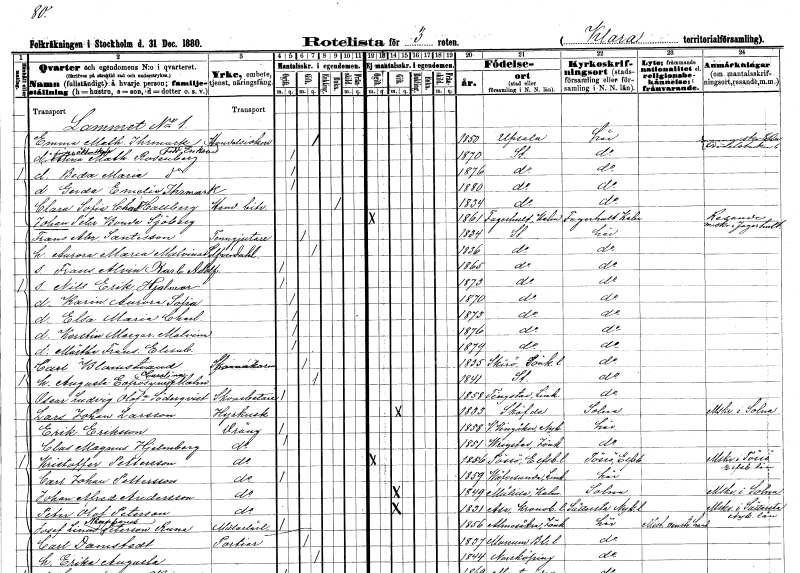
gt_parse: households: individuals: FN: Emma Mathilda
EN: Ihrmark Erikson
YRKE: Handelsidkare
KON: K
CIV: G
FODAR: 1850
FODFORS: Uppsala Uppsala län
FN: Anna Mathilda
EN: Rosenberg
KON: K
CIV: O
FODAR: 1870
FODFORS: Stockholm
FN: Beda Maria
EN: Rosenberg
KON: K
CIV: O
FODAR: 1876
FODFORS: Stockholm
FN: Gerda Emelie
EN: Ihrmark
KON: K
CIV: O
FODAR: 1880
FODFORS: Stockholm
FN: Clara Sofia Charlotta
EN: Hallberg
YRKE: Handelsbiträde
KON: K
CIV: E
FODAR: 1834
FODFORS: Stockholm
FN: Johan Peter
EN: Bonde Sjöberg
KON: M
CIV: O
FODAR: 1861
FODFORS: Fagerhult Kalmar län
FN: Frans Abraham
EN: Santesson
YRKE: Tenngjutare
KON: M
CIV: G
FODAR: 1834
FODFORS: Stockholm
FN: Aurora Maria Malvina
EN: Silfverdahl
KON: K
CIV: G
FODAR: 1836
FODFORS: Stockholm
FN: Frans Alvin Karl Adolf
KON: M
CIV: O
FODAR: 1865
FODFORS: Stockholm
FN: Nils Erik Hjalmar
KON: M
CIV: O
FODAR: 1873
FODFORS: Stockholm
FN: Karin Aurora Sofia
KON: K
CIV: O
FODAR: 1870
FODFORS: Stockholm
FN: Elsa Maria Charlotta
KON: K
CIV: O
FODAR: 1873
FODFORS: Stockholm
FN: Kerstin Margareta Malvina
KON: K
CIV: O
FODAR: 1876
FODFORS: Stockholm
FN: Märtha Frans. Elisabet
KON: K
CIV: O
FODAR: 1879
FODFORS: Stockholm
FN: Carl
EN: Blomstrand
YRKE: Skomakarmäster
KON: M
CIV: G
FODAR: 1835
FODFORS: Skirö Jönköpings län
FN: Augusta Eufrosyne Carolina
EN: Malm
KON: K
CIV: G
FODAR: 1841
FODFORS: Stockholm
FN: Oscar Ludvig
EN: Olofsson Söderqvist
YRKE: Skoarbetare
KON: M
CIV: O
FODAR: 1858
FODFORS: Tingstad Östergötlands län
FN: Lars Johan
EN: Larsson
YRKE: Hyrkusk
KON: M
CIV: G
FODAR: 1833
FN: Erik
EN: Eriksson
YRKE: Dräng
KON: M
CIV: O
FODAR: 1858
FODFORS: Västra Vingåker Södermanlands län
FN: Clas Magnus
EN: Hjelmberg
YRKE: Dräng
KON: M
CIV: O
FODAR: 1851
FODFORS: Vrigstad Jönköpings län
FN: Kristoffer
EN: Pettersson
YRKE: Dräng
KON: M
CIV: O
FODAR: 1856
FODFORS: Tösse Älvsborgs län
FN: Carl Johan
EN: Pettersson
YRKE: Dräng
KON: M
CIV: O
FODAR: 1859
FODFORS: Väversunda Östergötlands län
FN: Johan Alfred
EN: Andersson
YRKE: Dräng
KON: M
CIV: G
FODAR: 1849
FODFORS: Målilla med Gårdveda Kalmar län
FN: Peter Olof
EN: Peterson
YRKE: Dräng
KON: M
CIV: G
FODAR: 1831
FODFORS: Asa Kronobergs län
FN: Josef Linus Naponis??
EN: Peterson Runa
YRKE: Målarelärling
KON: M
CIV: O
FODAR: 1856
FODFORS: Almesåkra Jönköpings län
FN: Carl
EN: Damstedt
YRKE: Portier
KON: M
CIV: G
FODAR: 1837
FODFORS: Mörrum Blekinge län
FN: Erika Augusta
KON: K
CIV: G
FODAR: 1844
FODFORS: Norrköping Östergötlands län